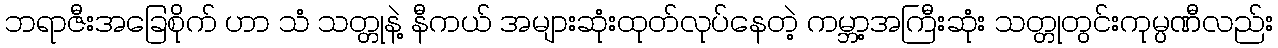
ဘရာဇီးအခြေစိုက် ဟာ သံ သတ္တုနဲ့ နီကယ် အများဆုံးထုတ်လုပ်နေတဲ့ ကမ္ဘာ့အကြီးဆုံး သတ္တုတွင်းကုမ္ပဏီလည်း